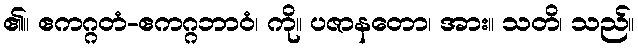
၏။ ဧကဂ္ဂတံ-ဧကဂ္ဂဘာဝံ၊ ကို။ ပဇာနတော၊ အား။ သတိ၊ သည်။